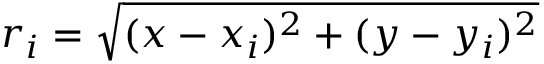
r _ { i } = { \sqrt { ( x - x _ { i } ) ^ { 2 } + ( y - y _ { i } ) ^ { 2 } } }